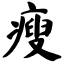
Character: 瘦